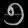
Digit: ၅